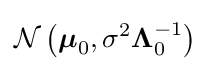
{\mathcal {N}}\left({\boldsymbol {\mu }}_{0},\sigma ^{2}{\boldsymbol {\Lambda }}_{0}^{-1}\right)